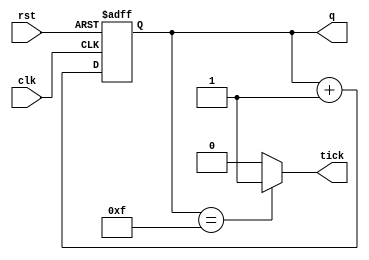
`timescale 1ns / 1ps
//////////////////////////////////////////////////////////////////////////////////
// Company: 
// Engineer: 
// 
// Design Name: 
// Module Name: sseg_counter
// Project Name: 
// Target Devices: 
// Tool Versions: 
// Description: 
// 
// Dependencies: 
// 
// Revision:
// Revision 0.01 - File Created
// Additional Comments:
// 
//////////////////////////////////////////////////////////////////////////////////


module sseg_counter
    # ( parameter BITS = 4)
    (
    input clk,
    input rst,
    output tick,
    output [BITS - 1 : 0] q
    );
    
    // counter register
    reg [BITS - 1 : 0] rCounter = 0;
    
    // increment or reset the counter
    always @ (posedge clk, posedge rst)
        if (rst)
            rCounter <= 0;
        else
            rCounter <= rCounter + 1;

    // connect counter register to the output wires
    assign q = rCounter;
    
    // set the tick output
    assign tick = (rCounter == 2 ** BITS - 1) ? 1'b1 : 1'b0;
        
endmodule